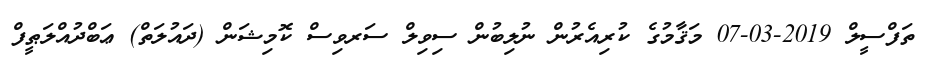
ތަފްސީލް 2019-03-07 މަޤާމުގެ ކުރިއެރުން ނުލިބުން ސިވިލް ސަރވިސް ކޮމިޝަން (ދައުލަތް) ޢަބްދުއްލަޠީފް